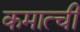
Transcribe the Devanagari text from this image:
कमात्ची